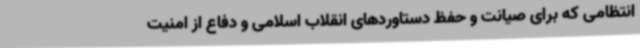
انتظامی که برای صیانت و حفظ دستاوردهای انقلاب اسلامی و دفاع از امنیت